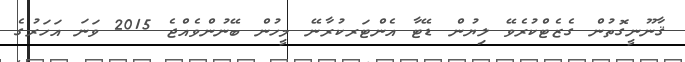
ޤާނޫނީގޮތުން ގެޒެޓްކުރެވޭ ލިޔުން ޑޭޓާ އެންޓަރކުރާނޭ މީހުން ބޭނުންވެއްޖެ 2015 ވަނަ އަހަރުގެ